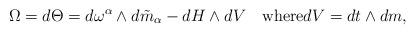
LaTeX: \begin{align*}\Omega=d\Theta=d\omega^\alpha\wedge d\tilde{m}_\alpha-dH\wedge dV\quad\hbox{where}dV=dt\wedge dm, \end{align*}